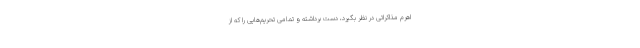
اهرم مذاکراتی در نظر بگیرد، دست برداشته و تمامی تحریم‌هایی را که از